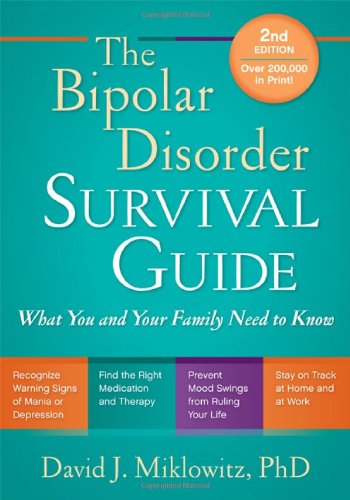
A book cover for The Bipolar Disorder Survival Guide, Second Edition: What You and Your Family Need to Know; David J. Miklowitz; Health, Fitness & Dieting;